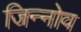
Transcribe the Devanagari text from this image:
जिन्नोव